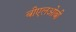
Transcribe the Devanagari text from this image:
बीएलओबी